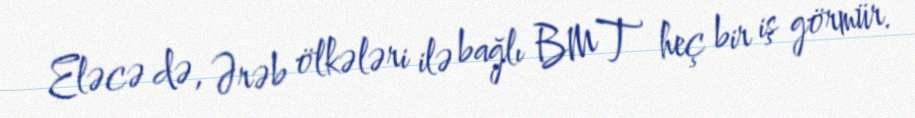
Eləcə də, Ərəb ölkələri ilə bağlı BMT heç bir iş görmür.